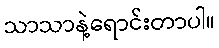
သာသာနဲ့ရောင်းတာပါ။